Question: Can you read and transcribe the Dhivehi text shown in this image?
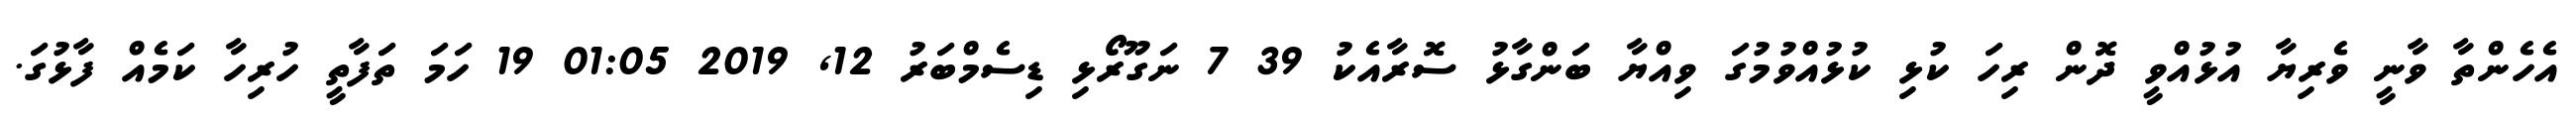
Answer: އެހެންތާ ވާނީ ވެރިޔާ އުޅުއްވީ ދޮން ރިހަ ކުޅި ކުޅުއްވުމުގަ ވިއްޔާ ބަންގާޅު ސޮރާއެކު 39 7 ނަގޫރޯޅި ޑިސެމްބަރު 12, 2019 01:05 19 ހަމަ ތަފާތީ ހުރިހާ ކަމެއް ފާޅުގަ.